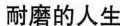
耐磨的人生